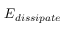
E _ { d i s s i p a t e }